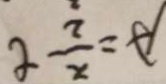
A = \frac { x } { 2 } t